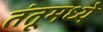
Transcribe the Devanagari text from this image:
तंतूमध्ये